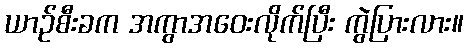
ယာဉ်စီးခက အကွာအဝေးလိုက်ပြီး ကွဲပြားလား။